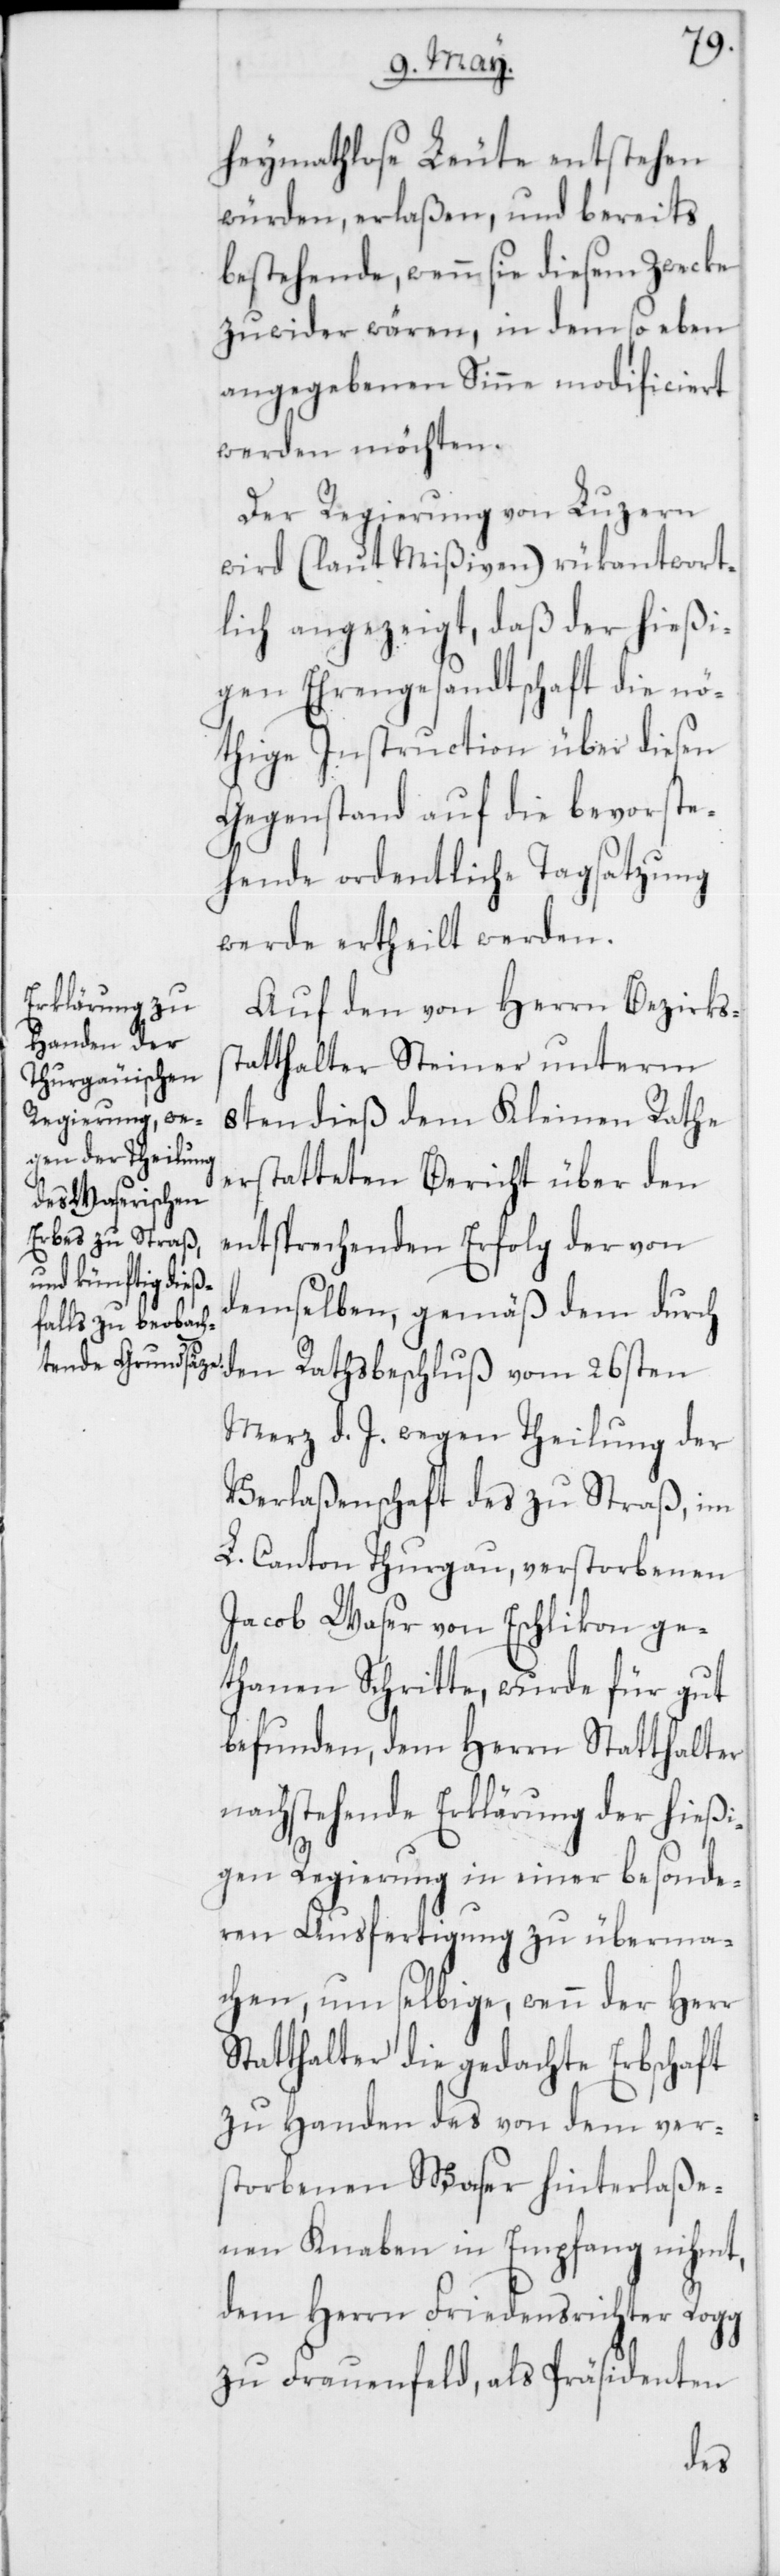
heymathlose Leute entstehen
würden, erlaßen, und bereits
bestehende, wenn sie diesem Zwecke
zuwider wären, in dem so eben
angegebenen Sinne modificiert
werden möchten.
Der Regierung von Luzern
wird (laut Mißiven) rükantwort¬
lich angezeigt, daß der hießi¬
gen Ehrengesandtschaft die nö¬
thige Instruction über diesen
Gegenstand auf die bevorste¬
hende ordentliche Tagsatzung
werde ertheilt werden.
Auf den von Herrn Bezirks¬
statthalter Steiner unterm
8ten dieß dem Kleinen Rathe
erstatteten Bericht über den
entsprechenden Erfolg der von
demselben, gemäß dem durch
den Rathsbeschluß vom 26sten
Merz d. J. wegen Theilung der
Verlaßenschaft des zu Straß, im
L. Canton Thurgau, verstorbenen
Jacob Waser von Eschlikon ge¬
thanen Schritte, wurde für gut
befunden, dem Herrn Statthalter
nachstehende Erklärung der hießi¬
gen Regierung in einer besonde¬
ren Ausfertigung zu überma¬
chen, um selbige, wenn der Herr
Statthalter die gedachte Erbschaft
zu Handen des von dem ver¬
storbenen Waser hinterlaße¬
nen Knaben in Empfang nihmt,
dem Herrn Friedensrichter Rogg
zu Frauenfeld, als Präsidenten